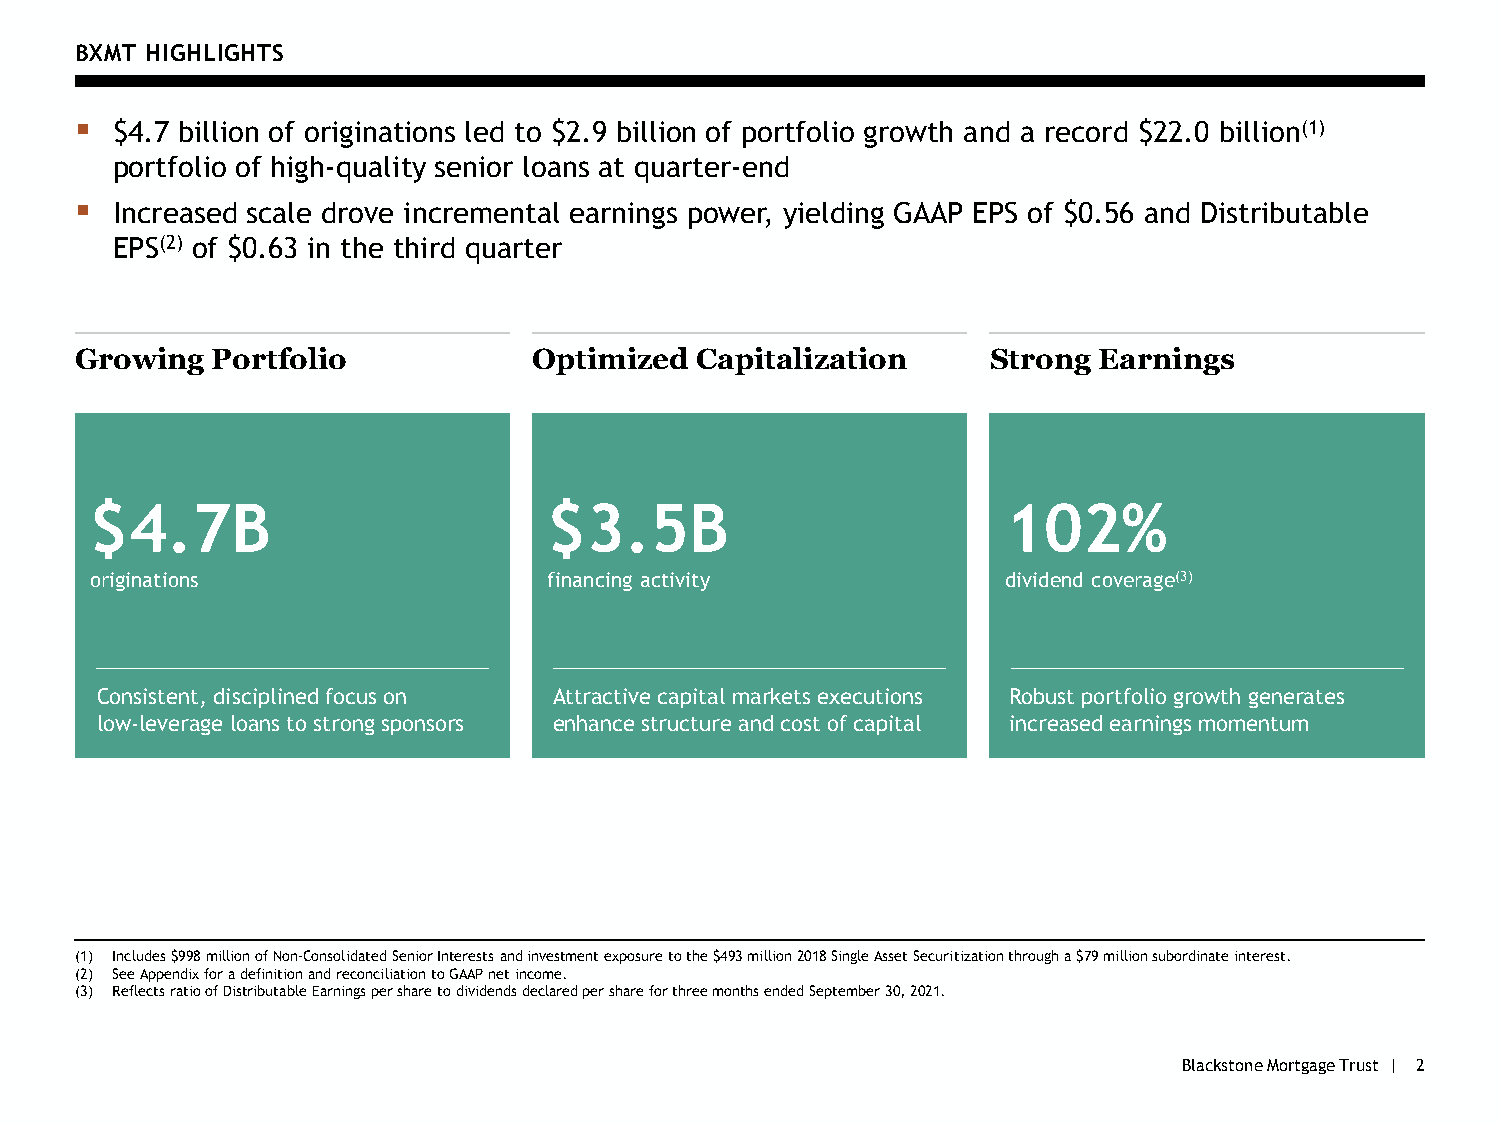
BXMT HIGHLIGHTS
 ▪ $4.7 billion of originations led to $2.9 billion of portfolio growth and a record $22.0 billion(1)
 portfolio of high-quality senior loans at quarter-end
 ▪ Increased scale drove incremental earnings power, yielding GAAP EPS of $0.56 and Distributable
 EPS(2) of $0.63 in the third quarter
 Growing  Portfolio            Optimized  Capitalization      Strong Earnings
 $4.7B                         $3.5B                          102%
 originations                  financing activity             dividend coverage(3)
 Consistent, disciplined focus on Attractive capital markets executions Robust portfolio growth generates
 low-leverage loans to strong sponsors enhance structure and cost of capital increased earnings momentum
 (1) Includes $998 million of Non-Consolidated Senior Interests and investment exposure to the $493 million 2018 Single Asset Securitization through a $79 million subordinate interest.
 (2) See Appendix for a definition and reconciliation to GAAP net income.
 (3) Reflects ratio of Distributable Earnings per share to dividends declared per share for three months ended September 30, 2021.
 Blackstone Mortgage Trust | 2